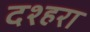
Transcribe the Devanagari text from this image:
दश्हरा